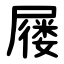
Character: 屦